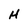
Character: H